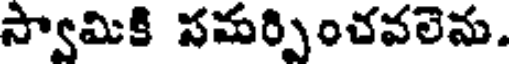
స్వామికి సమర్పించవలెను.